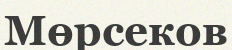
Мөрсеков